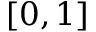
[ 0 , 1 ]